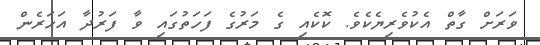
ވަރަށް ގާތް އެކުވެރިޔެކެވެ. ކޮކެއި ގެ މަރުގެ ފަހަތުގައި ވާ ފަރުދާ އަހަރެން